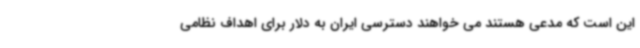
این است که مدعی هستند می خواهند دسترسی ایران به دلار برای اهداف نظامی